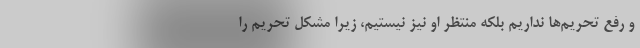
و رفع تحریم‌ها نداریم بلکه منتظر او نیز نیستیم، زیرا مشکل تحریم را